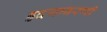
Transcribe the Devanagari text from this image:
हृदयावरणी